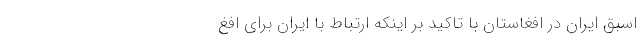
اسبق ایران در افغاستان با تاکید بر اینکه ارتباط با ایران برای افغ